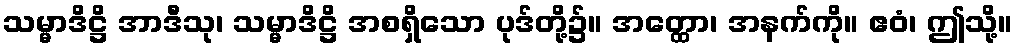
သမ္မာဒိဋ္ဌိ အာဒီသု၊ သမ္မာဒိဋ္ဌိ အစရှိသော ပုဒ်တို့၌။ အတ္ထော၊ အနက်ကို။ ဧဝံ၊ ဤသို့။